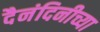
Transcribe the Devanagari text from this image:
दैनंदिनीच्या